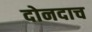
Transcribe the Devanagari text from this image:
दोनदाच